Cholera in southern India
Disease focus: Cholera
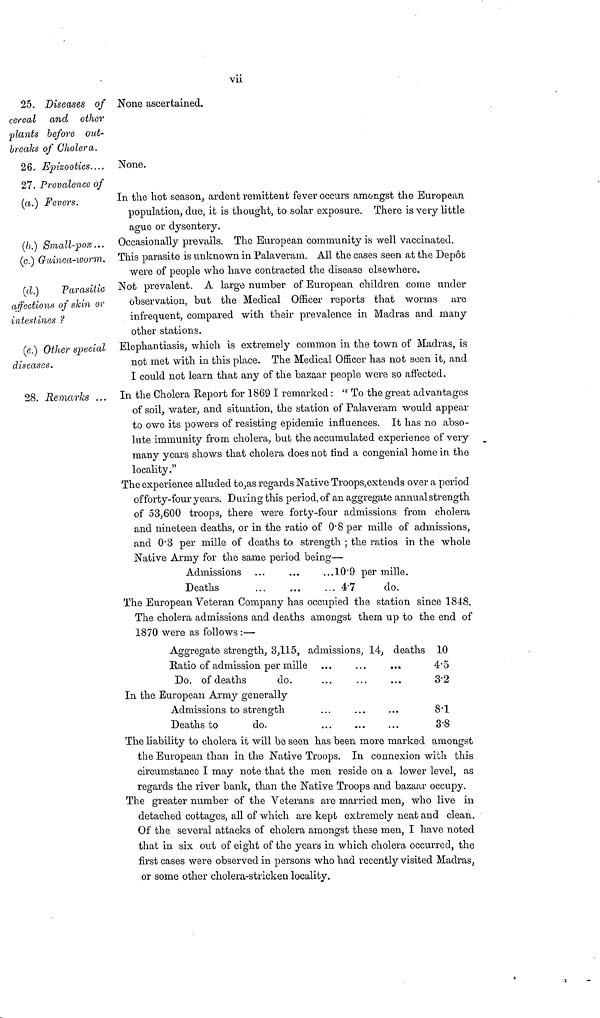
vii
25. Diseases of None ascertained.
cereal and other
plants before out-
breaks of Cholera.
26. Epizootics .... None.
27. Prevalence of
(a.) Fevers.
In the hot season, ardent remittent fever occurs amongst the European
population, due, it is thought, to solar exposure. There is very little
ague or dysentery.
(b).) Small-pox... Occasionally prevails. The European community is well vaccinated.
(c.) Guinea-worm. This parasite is unknown in Palaveram. All the cases seen at the Depot
were of people who have contracted the disease elsewhere.
(d.)
Parasitic
affections of skin or
intestines ?
Not prevalent. A large number of European children come under
observation, but the Medical Officer reports that worms are
infrequent, compared with their prevalence in Madras and many
other stations.
(e.) Other special
diseases.
Elephantiasis, which is extremely common in the town of Madras, is
not met with in this place. The Medical Officer has not seen it, and
I could not learn that any of the bazaar people were so affected.
28. Remarks ... In the Cholera Report for 1869 I remarked : " To the great advantages
of soil, water, and situation, the station of Palaveram would appear
to owe its powers of resisting epidemic influences. It has no abso-
lute immunity from cholera, but the accumulated experience of very
many years shows that cholera does not find a congenial home in the
locality."
The experience alluded to,as regards Native Troops, extends over a period
of forty-four years. During this period, of an aggregate annual strength
of 53,600 troops, there were forty-four admissions from cholera
and nineteen deaths, or in the ratio of 0.8 per mille of admissions,
and 0.3 per mille of deaths to strength ; the ratios in the whole
Native Army for the same period being—
Admissions
Deaths
...
...
...
...10.9
... 47
per mille.
do.
The European Veteran Company has occupied the station since 1848.
The cholera admissions and deaths amongst them up to the end of
1870 were as follows :—
Aggregate strength, 3,115, admissions, 14, deaths 10
Ratio of admission per mille
Do. of deaths
do.
...
...
...
...
4.5
3.2
In the European Army generally
Admissions to strength
Deaths to
do.
...
...
...
...
...
8.1
3.8
The liability to cholera it will be seen has been more marked amongst
the European than in the Native Troops. In connexion with this
circumstance I may note that the men reside on a lower level, as
regards the river bank, than the Native Troops and bazaar occupy.
The greater number of the Veterans are married men, who live in
detached cottages, all of which are kept extremely neat and clean.
Of the several attacks of cholera amongst these men, I have noted
that in six out of eight of the years in which cholera occurred, the
first cases were observed in persons who had recently visited Madras,
or some other cholera-stricken locality.